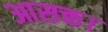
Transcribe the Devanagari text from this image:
आसक्त।